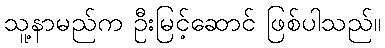
သူ့နာမည်က ဦးမြင့်ဆောင် ဖြစ်ပါသည်။